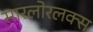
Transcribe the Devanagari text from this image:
सारलोरलक्स